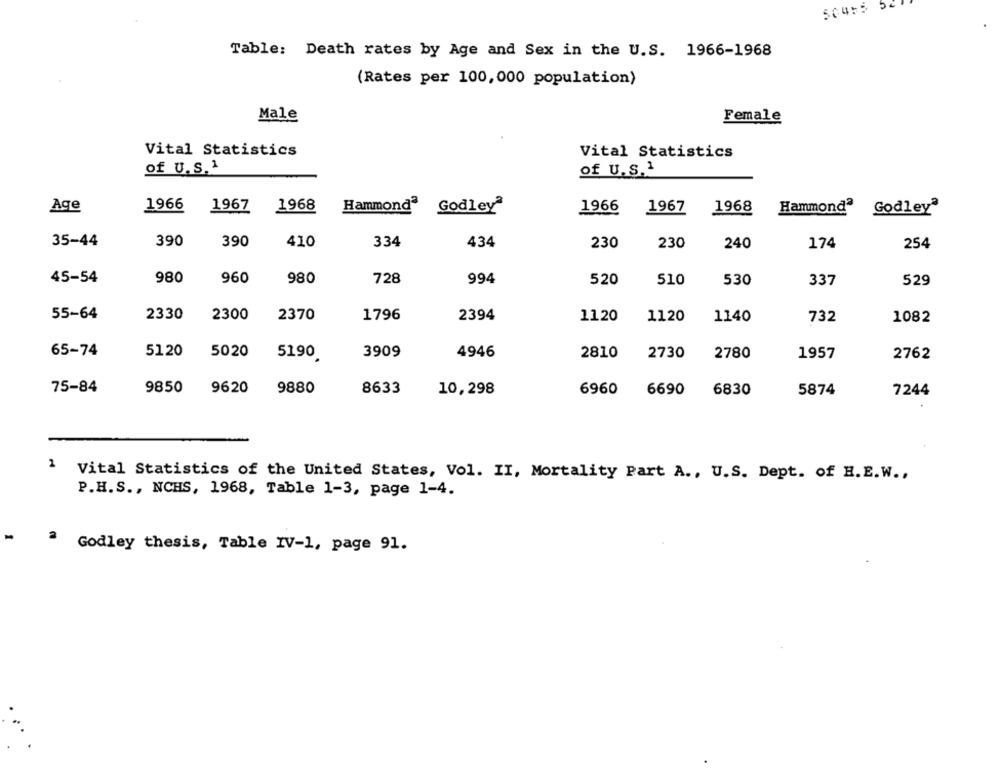
50475 54
Table: Death rates by Age and Sex in the U.S. 1966-1968
(Rates per 100,000 population)
Male
Female
Vital Statistics
Vital Statistics
of U.S.1
of U.S.1
Age
1966
1967
1968
Hammondª
1966
1967
1968
Hammond2
Godleyª
Godleyª
35-44
390
390
410
334
434
230
230
240
174
254
45-54
980
960
980
728
994
520
510
530
337
529
2330
2300
2370
1796
2394
55-64
1120
1120
1140
732
1082
65-74
5120
5020
3909
4946
2730
2780
5190
2810
1957
2762
75-84
9850
9620
9880
8633
10,298
6960
6690
6830
5874
7244
1 Vital Statistics of the United States, Vol. II, Mortality Part A ., U.S. Dept. of H. E.W .,
P.H.S ., NCHS, 1968, Table 1-3, page 1-4.
Godley thesis, Table IV-1, page 91.